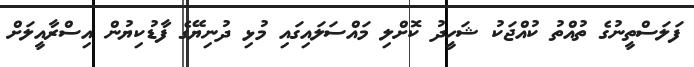
ފަލަސްތީނުގެ ތުއްތު ކުއްޖަކު ޝަހީދު ކޮށްލި މައްސަލައިގައި މުޅި ދުނިޔޭގެ ފާޑުކިޔުން އިސްރާއީލަށް